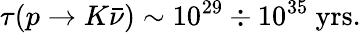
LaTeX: \tau(p\to K\bar{\nu})\sim 10^{29}\div 10^{35}\ \mathrm{yrs}.